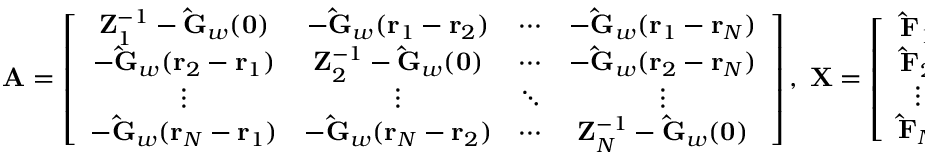
\mathbf { A } = \left[ \begin{array} { c c c c } { { \mathbf { Z } _ { 1 } ^ { - 1 } - \mathbf { \hat { G } } _ { w } ( \mathbf { 0 } ) } } & { { - \mathbf { \hat { G } } _ { w } ( \mathbf { r } _ { 1 } - \mathbf { r } _ { 2 } ) } } & { { \cdots } } & { { - \mathbf { \hat { G } } _ { w } ( \mathbf { r } _ { 1 } - \mathbf { r } _ { N } ) } } \\ { { - \mathbf { \hat { G } } _ { w } ( \mathbf { r } _ { 2 } - \mathbf { r } _ { 1 } ) } } & { { \mathbf { Z } _ { 2 } ^ { - 1 } - \mathbf { \hat { G } } _ { w } ( \mathbf { 0 } ) } } & { { \cdots } } & { { - \mathbf { \hat { G } } _ { w } ( \mathbf { r } _ { 2 } - \mathbf { r } _ { N } ) } } \\ { { \vdots } } & { { \vdots } } & { { \ddots } } & { { \vdots } } \\ { { - \mathbf { \hat { G } } _ { w } ( \mathbf { r } _ { N } - \mathbf { r } _ { 1 } ) } } & { { - \mathbf { \hat { G } } _ { w } ( \mathbf { r } _ { N } - \mathbf { r } _ { 2 } ) } } & { { \cdots } } & { { \mathbf { Z } _ { N } ^ { - 1 } - \mathbf { \hat { G } } _ { w } ( \mathbf { 0 } ) } } \end{array} \right] , \; \mathbf { X } = \left[ \begin{array} { c } { { \mathbf { \hat { F } } _ { 1 } } } \\ { { \mathbf { \hat { F } } _ { 2 } } } \\ { \vdots } \\ { { \mathbf { \hat { F } } _ { N } } } \end{array} \right] , \; \mathbf { B } = \left[ \begin{array} { c } { { \mathbf { \hat { w } } _ { 0 } ( \mathbf { r } _ { 1 } ) } } \\ { { \mathbf { \hat { w } } _ { 0 } ( \mathbf { r } _ { 2 } ) } } \\ { \vdots } \\ { { \mathbf { \hat { w } } _ { 0 } ( \mathbf { r } _ { N } ) } } \end{array} \right] .